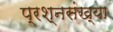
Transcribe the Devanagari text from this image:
प्रश्नसंख्या